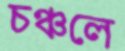
চঞ্চলে